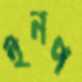
ইনপ